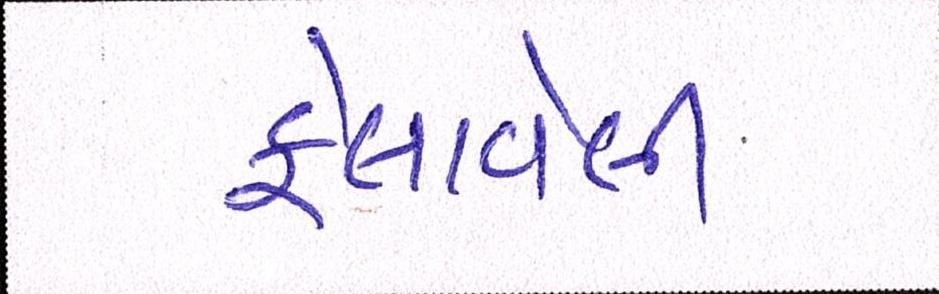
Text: ફેલાવેલી